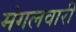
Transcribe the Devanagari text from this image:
मंगलवारी